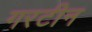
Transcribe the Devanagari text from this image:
गरटीन